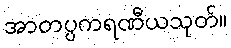
အာတပ္ပကရဏီယသုတ်။